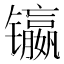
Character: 𲈠